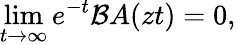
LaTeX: \operatorname*{lim}_{t\rightarrow\infty}e^{-t}{\mathcal{B}}A(zt)=0,